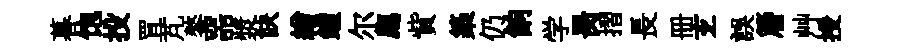
暮饱投罝芃鏊噐漿訣繒鍾尔廌貲築仍餉学昺摺長册𤣥誤簷艸授